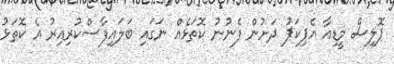
ޕޮލިސް މީޑިއާ އެޕިކަޕު ދަށުން ފެނުނު ކޮތަޅެއް ނަގައި ބަލައިފާސްކުރިއިރު އެ ކޮތަޅު